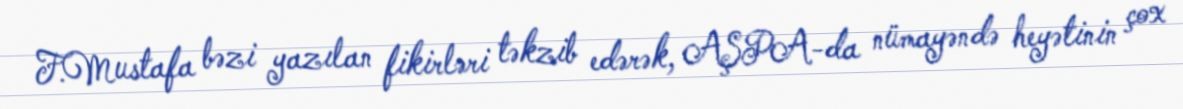
F.Mustafa bəzi yazılan fikirləri təkzib edərək, AŞPA-da nümayəndə heyətinin çox